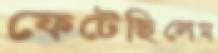
ফেটেছিলেম